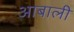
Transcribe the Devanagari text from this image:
आबाली